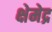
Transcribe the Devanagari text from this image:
क्षेमेद्र